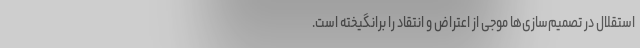
استقلال در تصمیم‌سازی‌ها موجی از اعتراض و انتقاد را برانگیخته است.